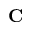
\mathbf { C }